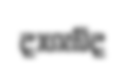
දාගැබ්ද